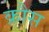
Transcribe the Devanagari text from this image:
क्रौस